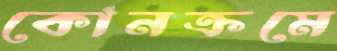
কোনক্রমে